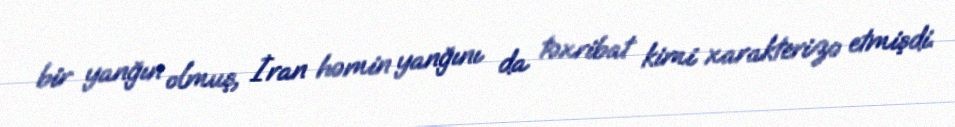
bir yanğın olmuş, İran həmin yanğını da təxribat kimi xarakterizə etmişdi.